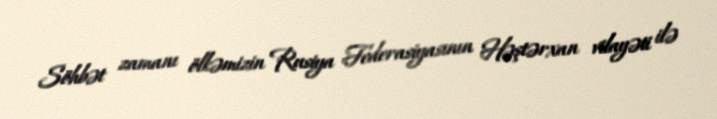
Söhbət zamanı ölkəmizin Rusiya Federasiyasının Həştərxan vilayəti ilə